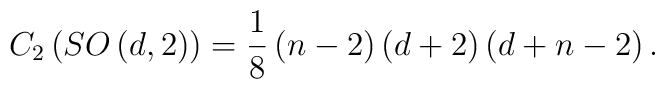
C_2\left( SO\left( d,2\right) \right) =\frac 18\left( n-2\right) \left(d+2\right) \left( d+n-2\right) .